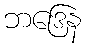
ဘဒြေန